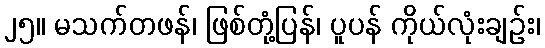
၂၅။ မသက်တဖန်၊ ဖြစ်တုံ့ပြန်၊ ပူပန် ကိုယ်လုံးချဉ်း၊